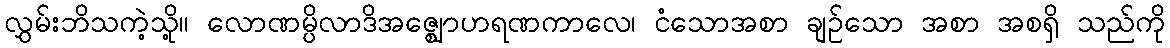
လွှမ်းဘိသကဲ့သို့။ လောဏမ္ပိလာဒိအဇ္ဈောဟရဏကာလေ၊ ငံသောအစာ ချဉ်သော အစာ အစရှိ သည်ကို